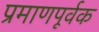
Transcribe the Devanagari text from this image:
प्रमाणपूर्वक